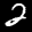
Label: 2